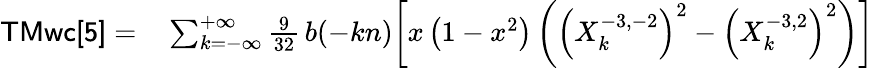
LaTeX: \begin{array}{rl}{{\sf TMwc[5]}=}&{{}\sum_{k=-\infty}^{+\infty}\frac{9}{32}\, b(-kn)\bigg[x\left(1-x^{2}\right)\left(\left(X_{k}^{-3,-2}\right)^{2}-\left(X_{k}^{-3,2}\right)^{2}\right)\bigg]}\end{array}